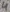
Text: 4